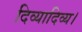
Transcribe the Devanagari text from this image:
दिव्यादिव्य।